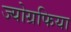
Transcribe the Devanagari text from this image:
ज्योग्रफिया